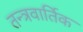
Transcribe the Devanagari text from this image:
तन्त्रवार्तिक